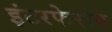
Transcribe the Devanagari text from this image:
इंटरफेरान